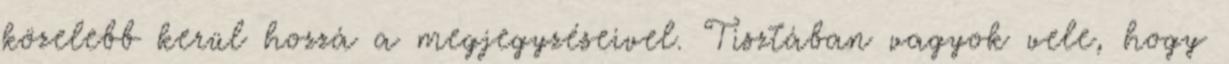
közelebb kerül hozzá a megjegyzéseivel. Tisztában vagyok vele, hogy